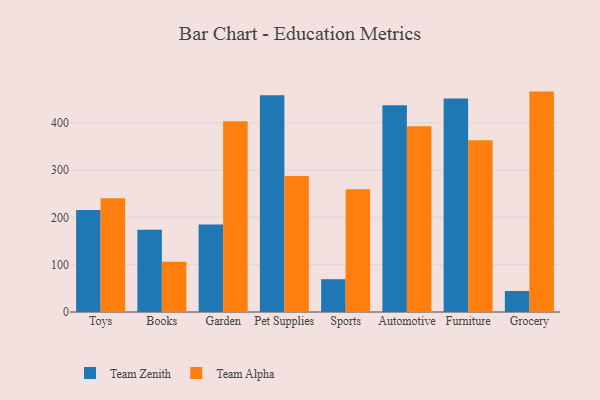
{"axis": {"x": "Category", "y": "Conversion Rate (%)"}, "legend": ["Team Alpha", "Team Zenith"], "data": [{"x": "Toys", "y": 215.4, "type": "Team Zenith"}, {"x": "Toys", "y": 240.3, "type": "Team Alpha"}, {"x": "Books", "y": 173.9, "type": "Team Zenith"}, {"x": "Books", "y": 106.0, "type": "Team Alpha"}, {"x": "Garden", "y": 185.1, "type": "Team Zenith"}, {"x": "Garden", "y": 403.1, "type": "Team Alpha"}, {"x": "Pet Supplies", "y": 458.2, "type": "Team Zenith"}, {"x": "Pet Supplies", "y": 287.2, "type": "Team Alpha"}, {"x": "Sports", "y": 69.3, "type": "Team Zenith"}, {"x": "Sports", "y": 259.4, "type": "Team Alpha"}, {"x": "Automotive", "y": 437.0, "type": "Team Zenith"}, {"x": "Automotive", "y": 392.4, "type": "Team Alpha"}, {"x": "Furniture", "y": 451.1, "type": "Team Zenith"}, {"x": "Furniture", "y": 362.8, "type": "Team Alpha"}, {"x": "Grocery", "y": 44.4, "type": "Team Zenith"}, {"x": "Grocery", "y": 465.7, "type": "Team Alpha"}]}